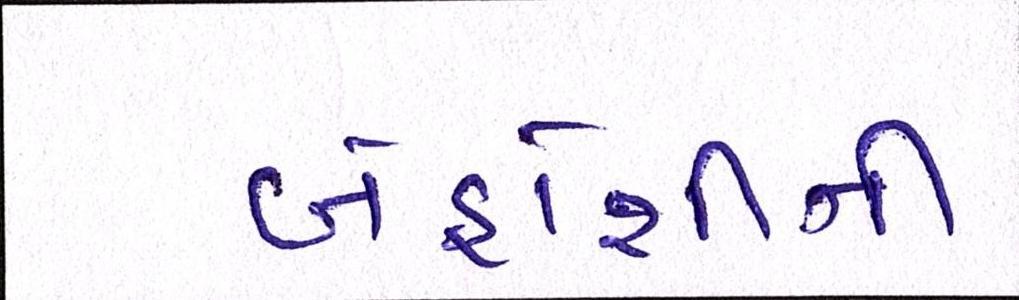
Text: બેહોશીની